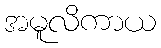
အမူလိကာယ